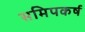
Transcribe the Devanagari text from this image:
समिपकर्ष